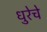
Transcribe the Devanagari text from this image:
धुरेचे